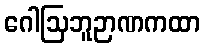
ဂေါဩဘူဉာဏကထာ